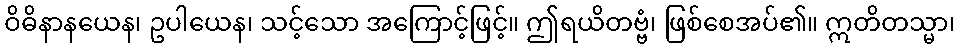
ဝိဓိနာနယေန၊ ဥပါယေန၊ သင့်သော အကြောင့်ဖြင့်။ ဤရယိတဗ္ဗံ၊ ဖြစ်စေအပ်၏။ ဣတိတသ္မာ၊